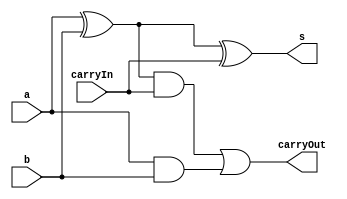
// -------------------------
// Exemplo0031 - FULL ADDER/DIFF
// Nome: Breno Macena Pereira de Souza
// -------------------------
// -------------------------
// -------------------------
module fullAdder (output s, output carryOut, input a, input b, input carryIn);
   wire s0;

   xor XOR1 (s0, a, b);
   xor XOR2 (s, s0, carryIn);

   xor XOR3 (s1, a, b);
   and AND1 (s2, s1, carryIn);
   and AND2 (s3, a, b);
   or OR1 (carryOut, s2, s3);

endmodule

module fullAdder1 (output [2:0] s, output carryOut, input [2:0] a, input [2:0] b, input carryIn);
   wire s0, s1, s2, s3, s4, s5;

   xor XOR1 (s0, carryIn, b[0]);
   xor XOR2 (s1, carryIn, b[1]);
   xor XOR3 (s2, carryIn, b[2]);

   fullAdder FULL1 (s[0], s3, s0, a[0], carryIn);
   fullAdder FULL2 (s[1], s4, s1, a[1], s3);
   fullAdder FULL3 (s[2], s5, s2, a[2], s4);

   xor XOR4 (carryOut, s5, carryIn);

endmodule

module test_fullAdder;

   reg [2:0] x;
   reg [2:0] y;
   reg carryIn;
   wire carryOut;
   wire [2:0] soma;

   fullAdder1 FULL (soma, carryOut, x, y, carryIn);

initial begin
   $display("Exemplo0031 - Breno Macena - 462017");
   $display("Test ALUs full adder/diff");

#1 x = 3'b001; y = 3'b001; carryIn = 0;
#1 $display("carryIn = ",carryIn);
#1 $display("%b + %b = %b %b",x,y,carryOut,soma);
#1 x = 3'b010; y = 3'b100; carryIn = 0;
#1 $display("%b + %b = %b %b",x,y,carryOut,soma);
#1 x = 3'b111; y = 3'b011; carryIn = 0;
#1 $display("%b + %b = %b %b",x,y,carryOut,soma);
#1
#1 x = 3'b001; y = 3'b001; carryIn = 1;
#1 $display("carryIn = ",carryIn);
#1 $display("%b + %b = %b %b",x,y,carryOut,soma);
#1 x = 3'b010; y = 3'b100; carryIn = 1;
#1 $display("%b - %b = %b %b",x,y,carryOut,soma);
#1 x = 3'b111; y = 3'b011; carryIn = 1;
#1 $display("%b - %b = %b %b",x,y,carryOut,soma);

end
endmodule